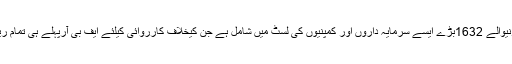
ٹویوٹا موٹرز فیصل آباد کا نام سیلز ٹیکس چوری کرنیوالے 1632بڑے ایسے سرمایہ داروں اور کمپنیوں کی لسٹ میں شامل ہے جن کیخلاف کارروائی کیلئے ایف بی آرپہلے ہی تمام ریجنل دفاترز کو کارروائی کا حکم جاری کرچکا ہے۔